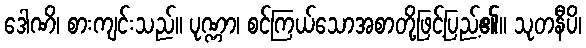
ဒေါဏိ၊ စားကျင်းသည်။ ပုဏ္ဏာ၊ စင်ကြယ်သောအစာတို့ဖြင့်ပြည့်၏။ သုတနီပိ၊